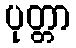
ပုတ္တာ